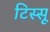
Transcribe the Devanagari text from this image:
टिस्सू